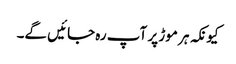
کیونکہ ہر موڑ پر آپ رہ جائیں گے۔